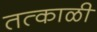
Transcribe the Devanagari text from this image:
तत्काळी